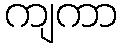
ကျကာ